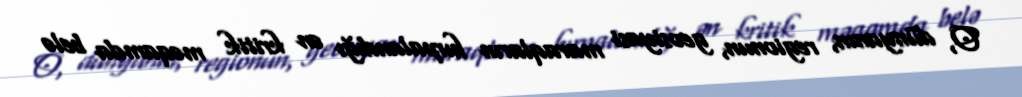
O, dünyanın, regionun, geosiyasi maraqların hırpalandığı ən kritik məqamda belə